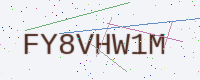
Text: FY8VHW1M